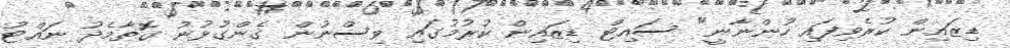
ޑިޒައިން ކުރެވިފައި ހުންނާނީ" ސައިޓް ޑިޒައިން ކުރުމުގައި ވިސްނުން ގެންގުޅުނު ގޮތާމެދު ނައްޓު